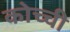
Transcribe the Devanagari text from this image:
कोच्‍ची